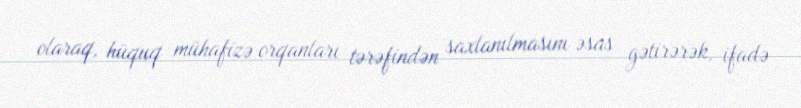
olaraq, hüquq mühafizə orqanları tərəfindən saxlanılmasını əsas gətirərək, ifadə